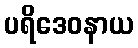
ပရိဒေဝနာယ